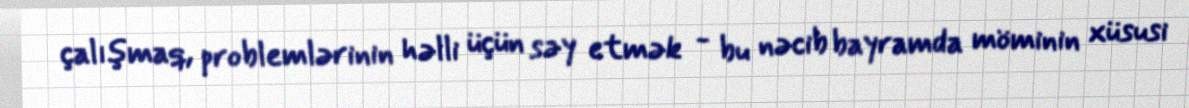
çalışmaq, problemlərinin həlli üçün səy etmək - bu nəcib bayramda möminin xüsusi